EAOK_Sinod, lk 62
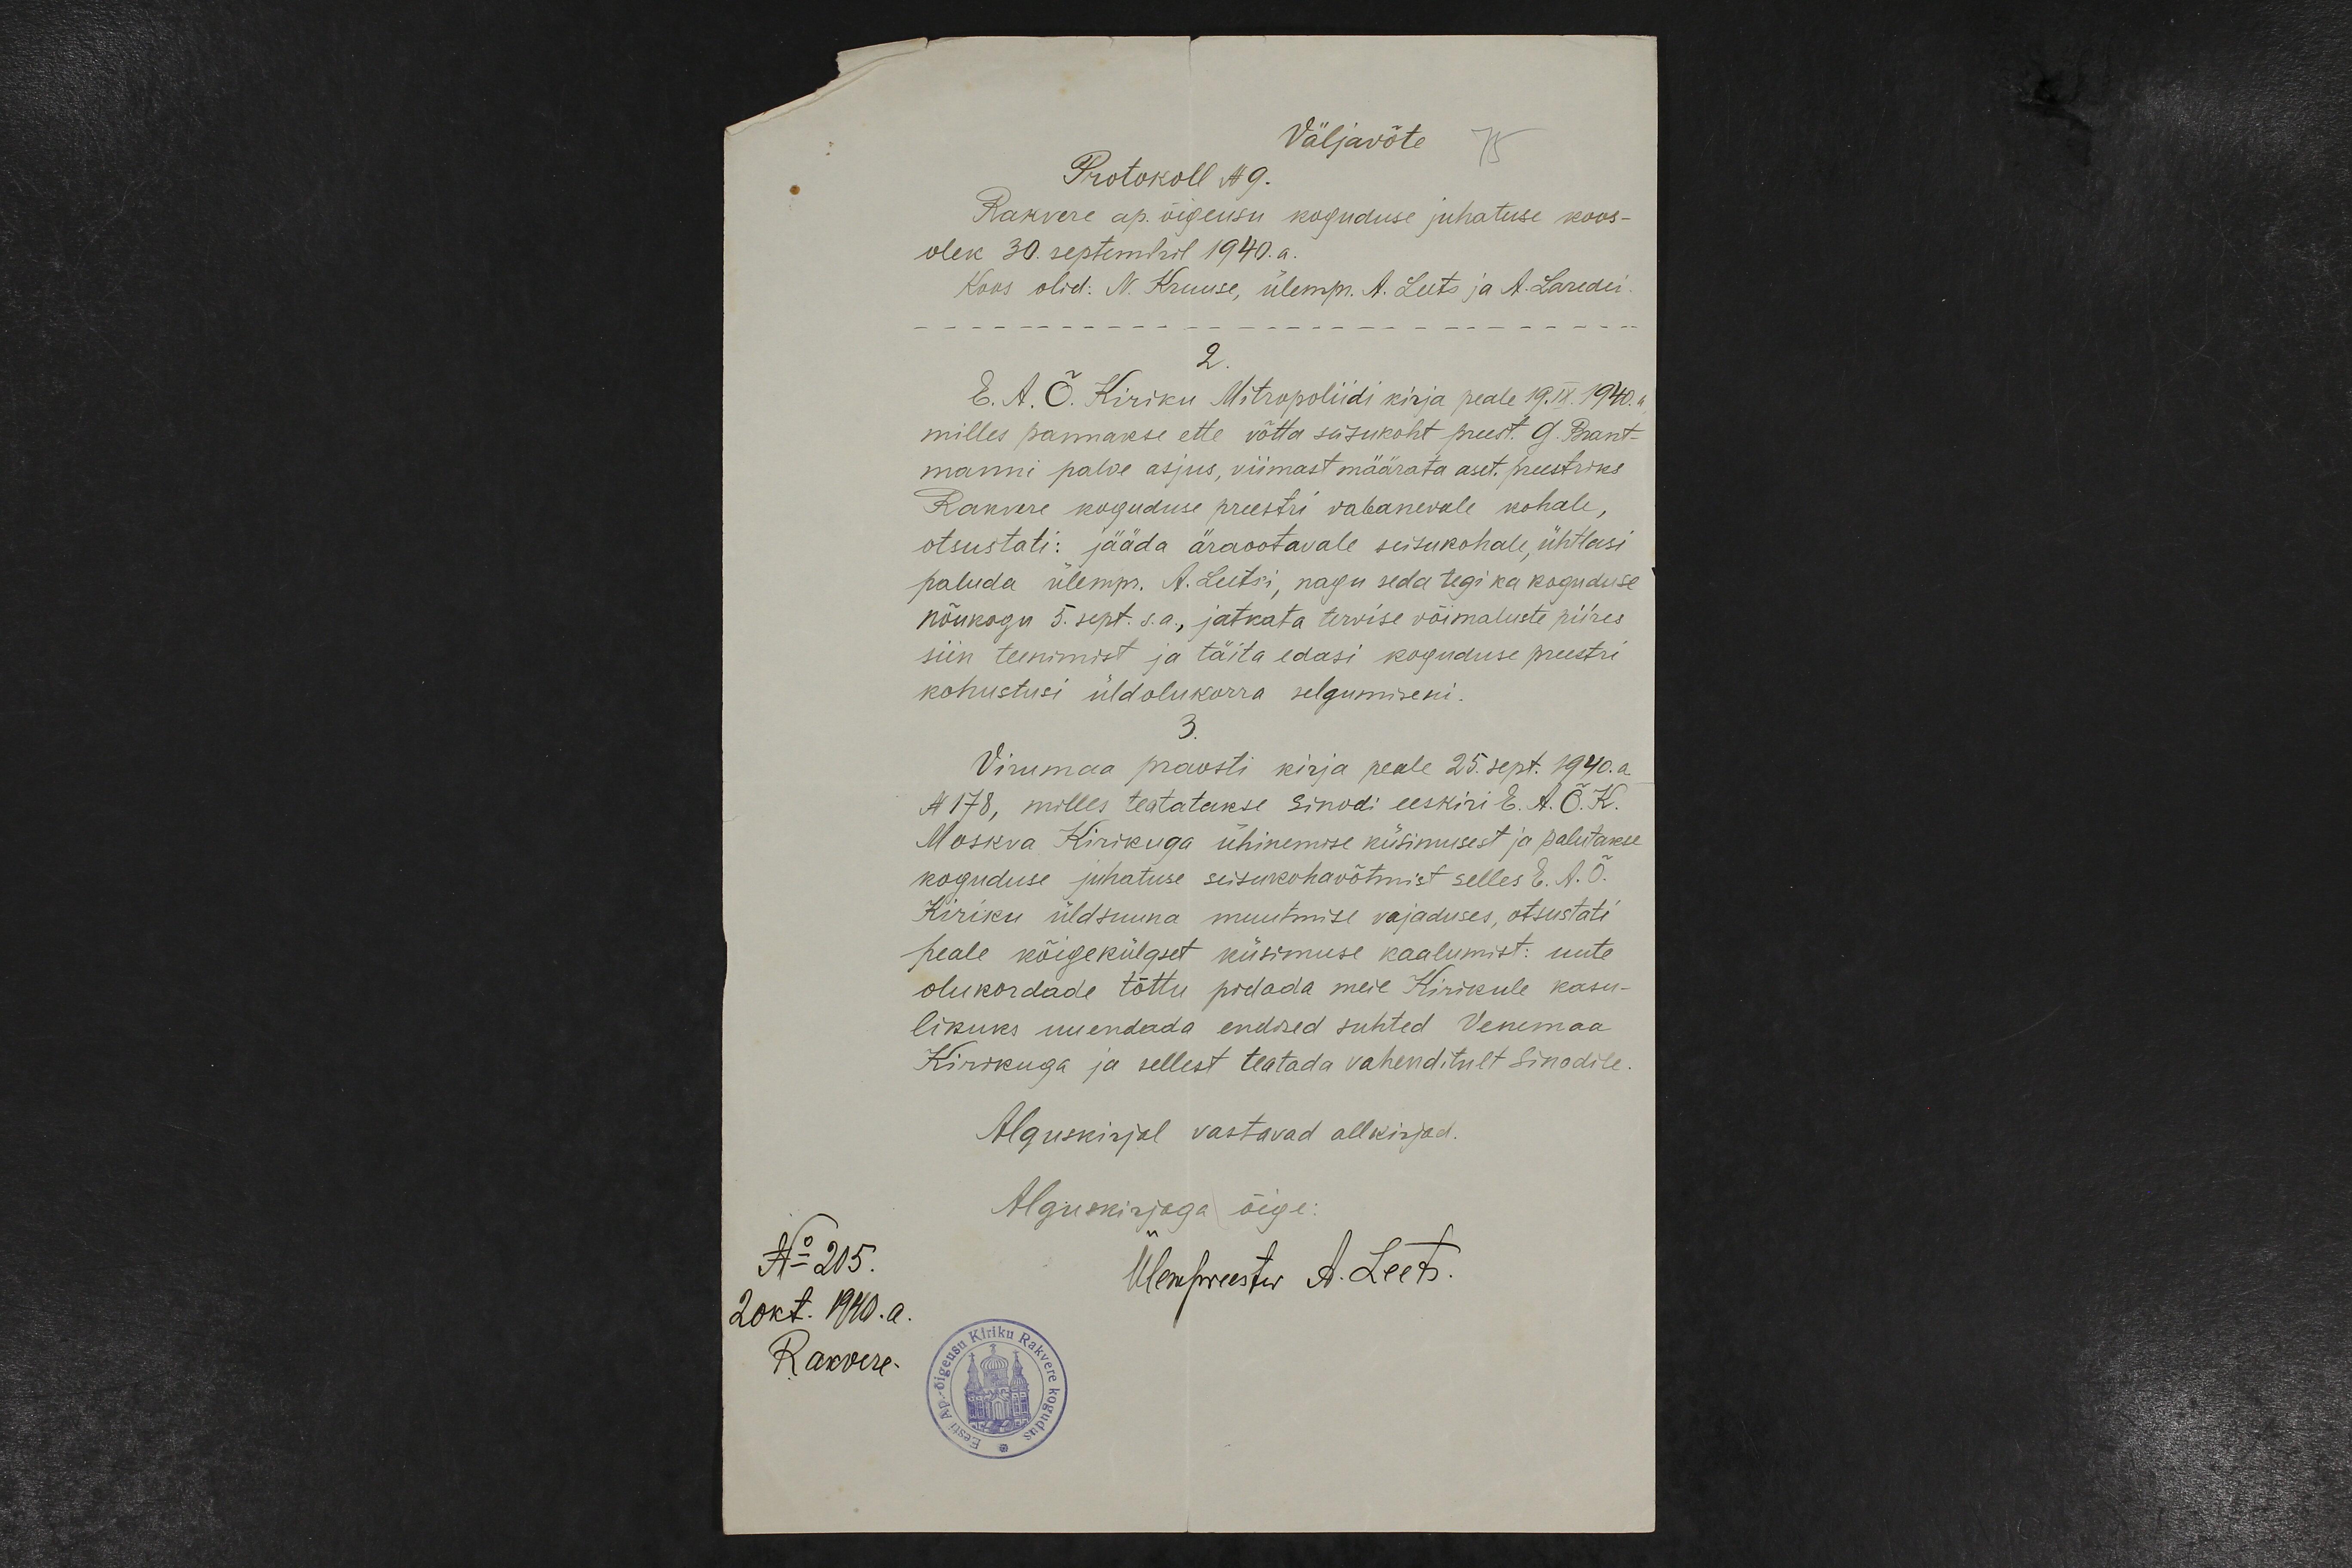
Väljavõte
Protokoll N 9.
Rakvere ap. õigeusu koguduse juhatuse koos-
olek 30. septembril 1940. a.
Koos olid: N. Kruuse, ülempr. A. Leets ja A. Laredei.
2.
E. A. Õ. Kiriku Mitropoliidi kirja peale 19. IX. 1940. a.
milles pannakse ette võtta seisukoht preest. G. Brant-
manni palve asjus, viimast määrata aset. preestriks
Rakvere koguduse preestri vabanevale kohale,
otsustati: jääda äraootavale seisukohale, ühtlasi
paluda ülempr. A. Luts'i, nagu seda tegi ka koguduse
nõukogu 5. sept. s.a., jatkata tervise võimaluste piires
siin teenimist ja täita edasi koguduse preestri
kohustusi üldolukorra selgumiseni.
3.
Virumaa praosti kirja peale 25. sept. 1940. a.
N 178, milles teatatakse Sinodi eeskiri E. A. Õ. K.
Moskva Kirikuga ühinemise küsimusest ja palutakse
koguduse juhatuse seisukohavõtmist selles E. A. Õ.
Kiriku üldsuuna muutmise vajaduses, otsustati
peale kõigekülgset küsimuse kaalumist: uute
olukordade tõttu pidada meie Kirikule kasu-
likuks uuendada endised suhted Venemaa
Kirikuga ja sellest teatada vahenditult Sinodile.
Alguskirjal vastavad allkirjad.
Alguskirjaga õige:
No 215.
Ülempreester A. Leets.
20 okt. 1940. a
Rakvere.